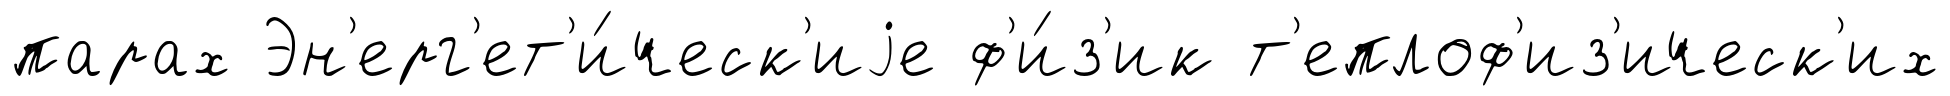
парах Эн'ерг'ет'и́ческ'иjе ф'и́з'ик т'еплоф'из'ическ'их